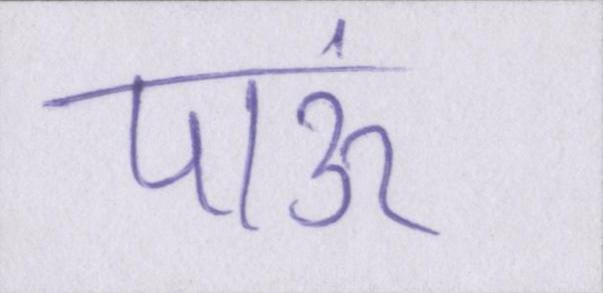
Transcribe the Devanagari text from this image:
पाऊं